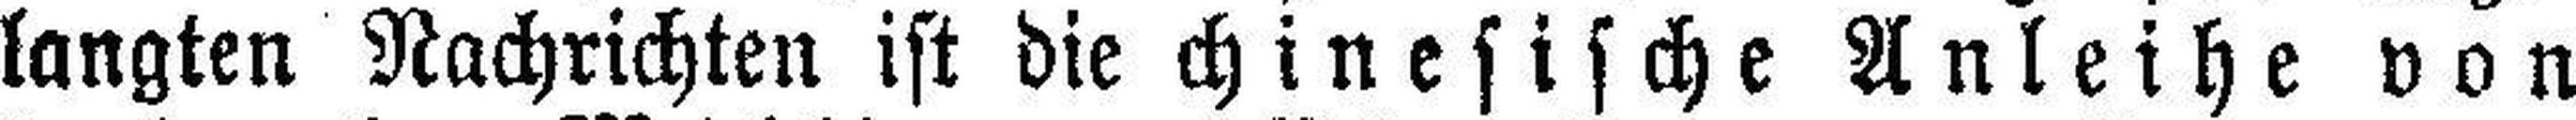
langten Nachrichten ist die chinesische Anleihe von